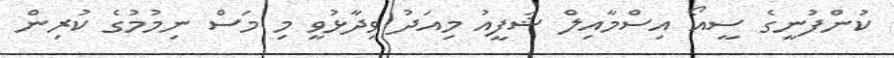
ކުންފުނީގެ ސީއޯ އިސްމާއިލް ޝަފީއު މިއަދު ވިދާޅުވީ މި މަސް ނިމުމުގެ ކުރިން